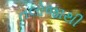
તલોજાથી